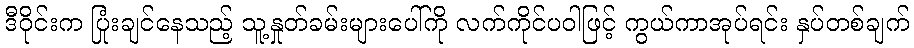
ဒီဝိုင်းက ပြုံးချင်နေသည့် သူ့နှုတ်ခမ်းများပေါ်ကို လက်ကိုင်ပဝါဖြင့် ကွယ်ကာအုပ်ရင်း နှပ်တစ်ချက်